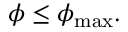
\phi \leq \phi _ { \mathrm { m a x } } .